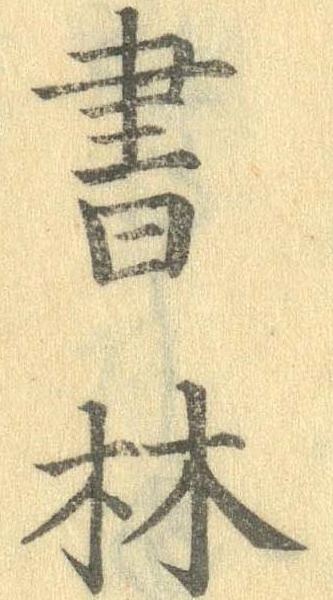
書林